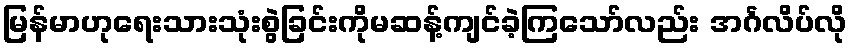
မြန်မာဟုရေးသားသုံးစွဲခြင်းကိုမဆန့်ကျင်ခဲ့ကြသော်လည်း အင်္ဂလိပ်လို